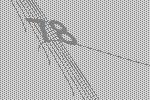
78